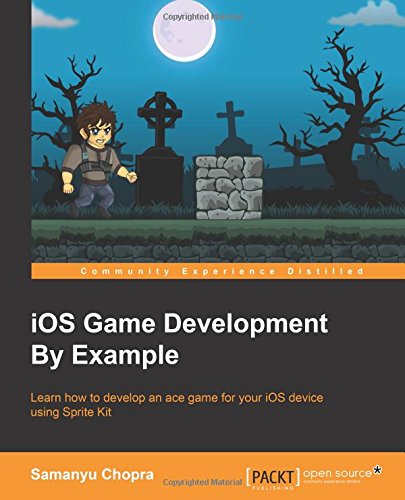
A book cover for iOS Game Development By Example; Samanyu Chopra; Computers & Technology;